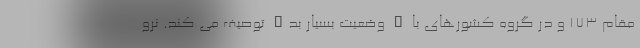
مقام ۱۷۳ و در گروه کشورهای با " وضعیت بسیار بد" توصیف می کند. نرو